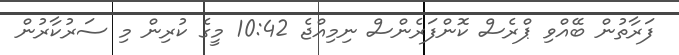
ފަރާތުން ބޭއްވި ޕްރެސް ކޮންފަރެންސް ނިމިއްޖެ 10:42 މީގެ ކުރިން މި ސަރުކާރުން